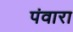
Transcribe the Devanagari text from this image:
पंवारा